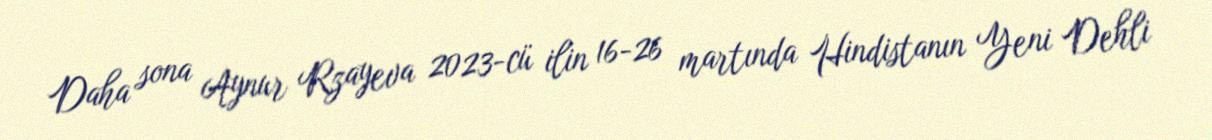
Daha sona Aynur Rzayeva 2023-cü ilin 16-26 martında Hindistanın Yeni Dehli